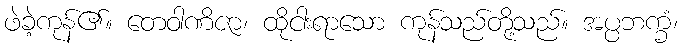
ဖဲခဲ့ကုန်၏။ တေဝါဏိဇာ၊ ထိုငါးရာသော ကုန်သည်တို့သည်။ အပ္ပဘက္ခံ၊